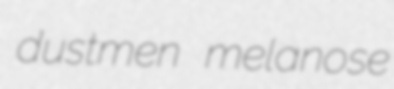
dustmen melanose